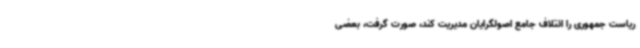
ریاست جمهوری را ائتلاف جامع اصولگرایان مدیریت کند، صورت گرفت، بعضی